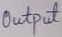
Text: Output